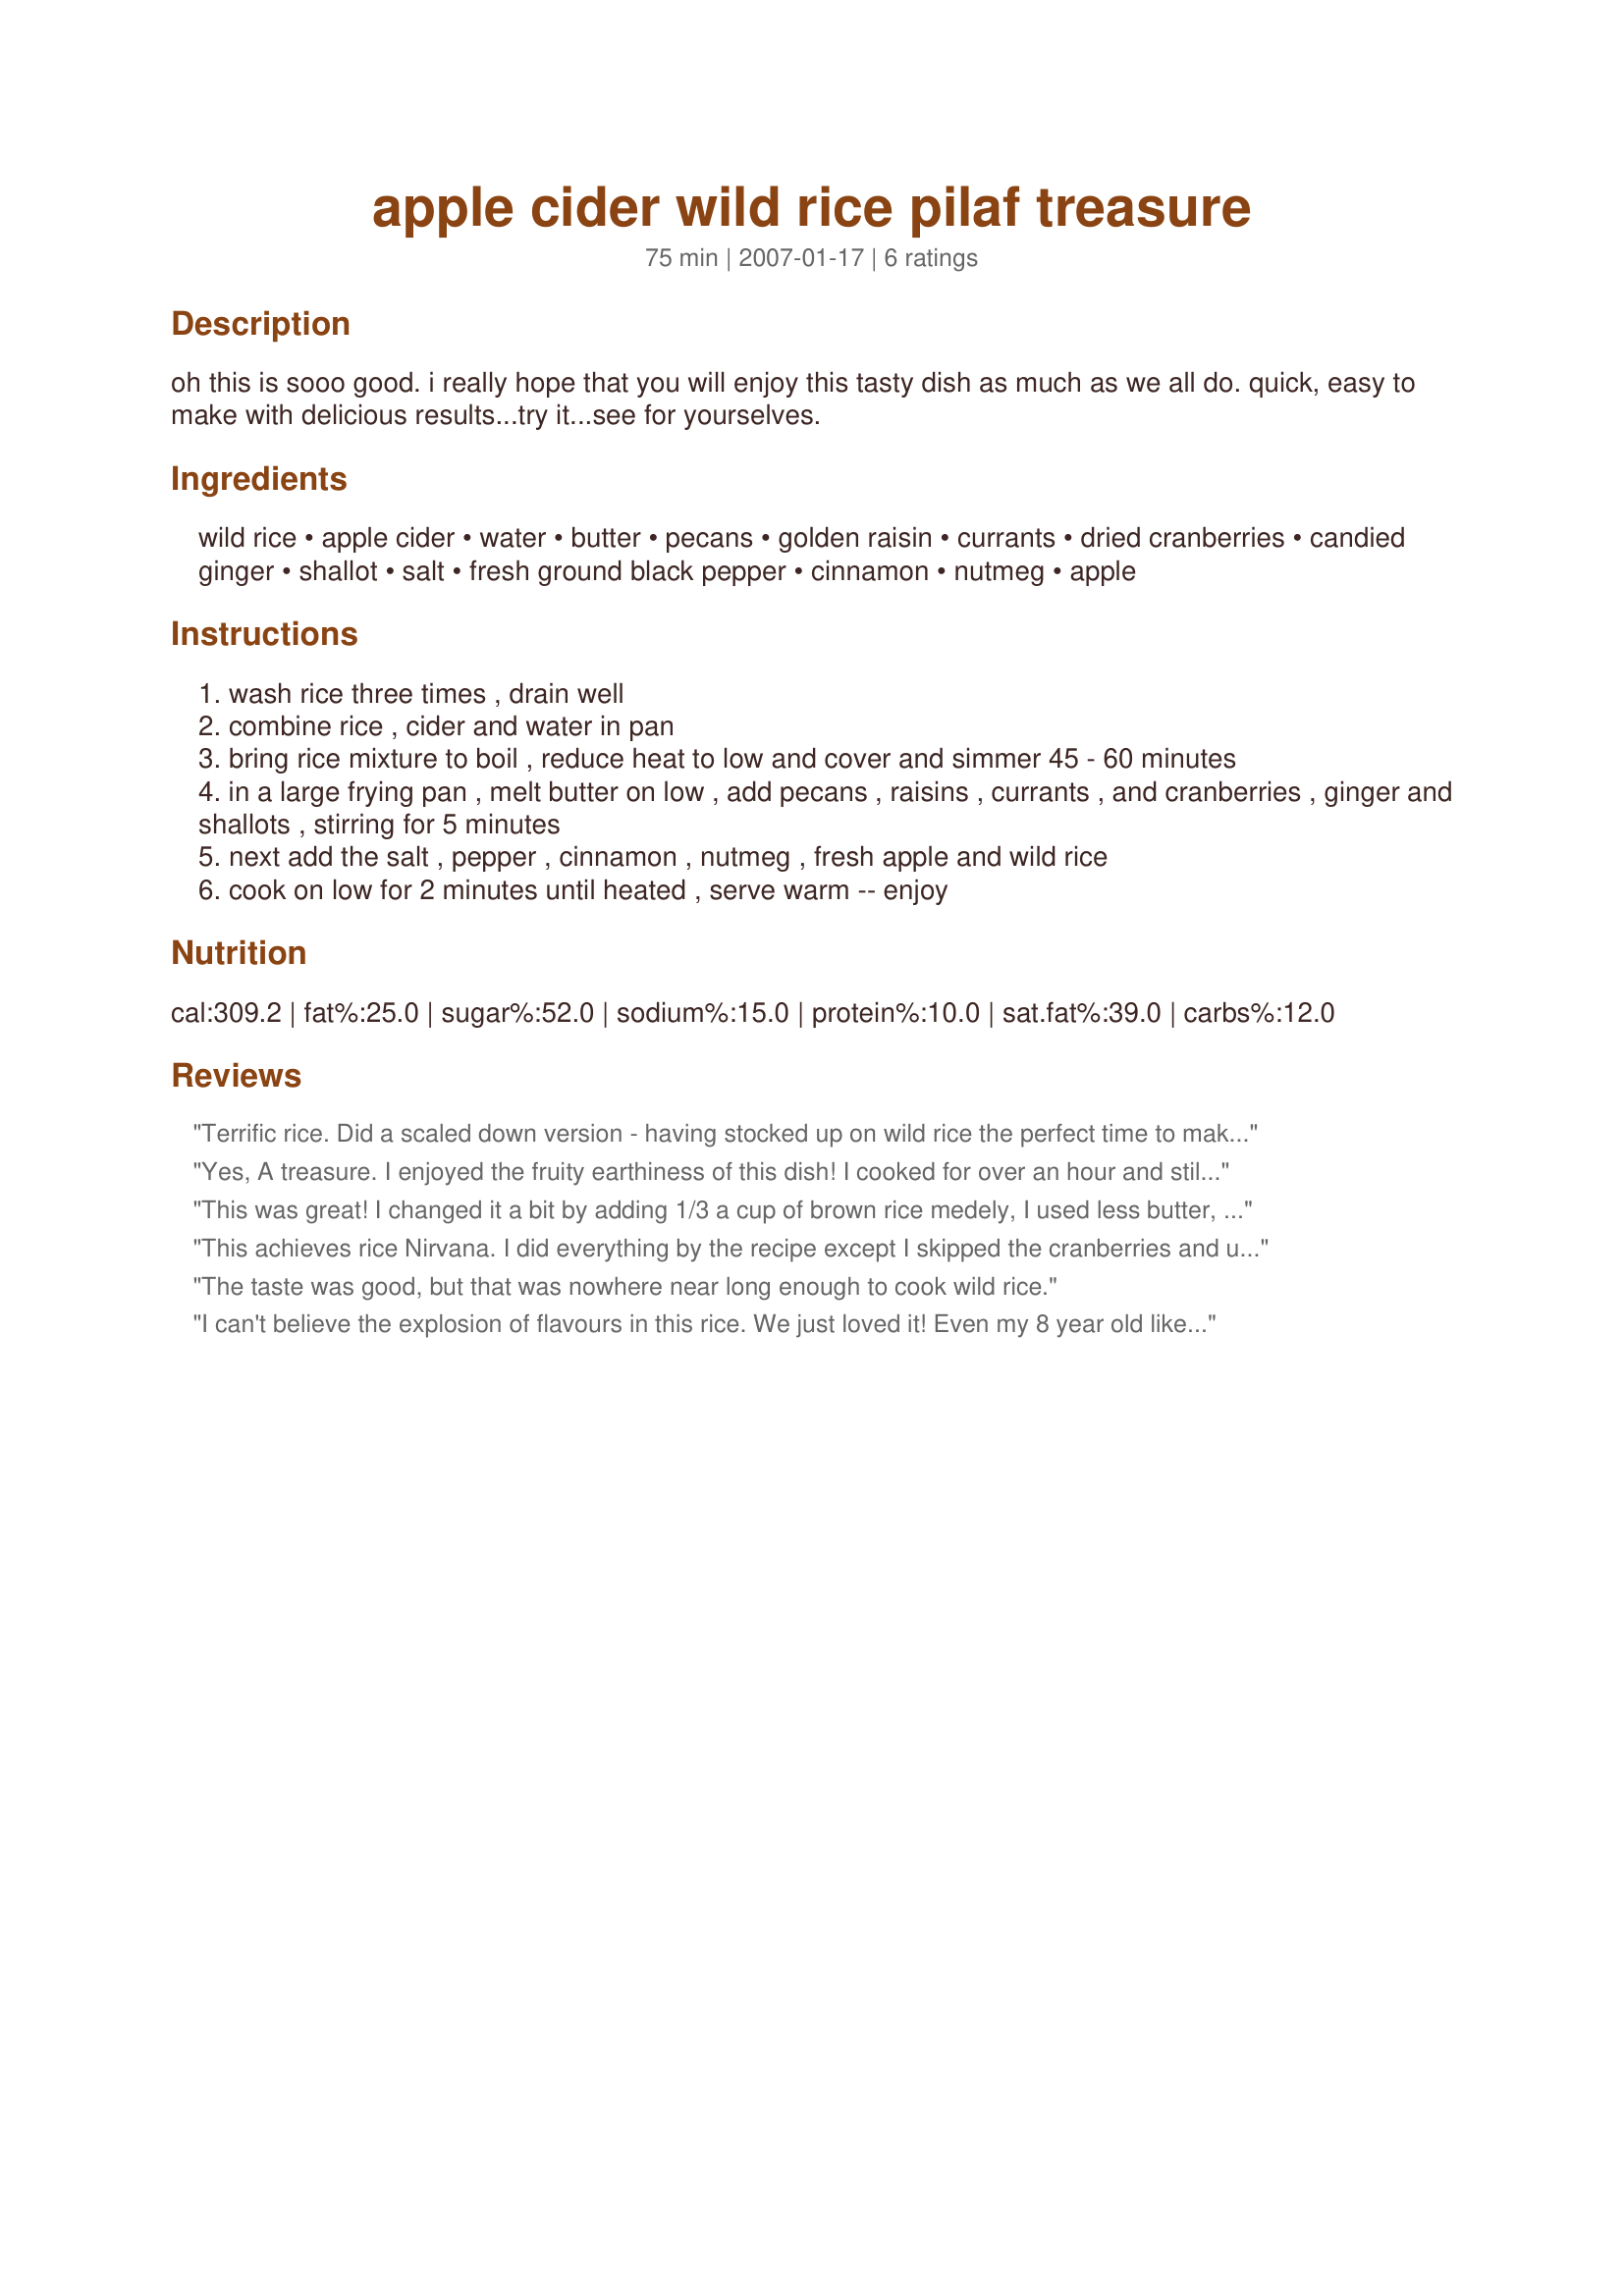
apple cider wild rice pilaf treasure
Preparation time: 75 minutes

oh this is sooo good. i really hope that you will enjoy this tasty dish as much as we all do. quick, easy to make with delicious results...try it...see for yourselves.

Ingredients:
wild rice, apple cider, water, butter, pecans, golden raisin, currants, dried cranberries, candied ginger, shallot, salt, fresh ground black pepper, cinnamon, nutmeg, apple

Steps:
wash rice three times , drain well
combine rice , cider and water in pan
bring rice mixture to boil , reduce heat to low and cover and simmer 45 - 60 minutes
in a large frying pan , melt butter on low , add pecans , raisins , currants , and cranberries , ginger and shallots , stirring for 5 minutes
next add the salt , pepper , cinnamon , nutmeg , fresh apple and wild rice
cook on low for 2 minutes until heated , serve warm -- enjoy

Reviews:
Terrific rice. Did a scaled down version - having stocked up on wild rice the perfect time to make up a variety of pilafs and rice dishes. This one was absolutely wonderful and one I will be making for special occasions. Made as posted with great results. Great to be finding so many variations with such wonderful taste. Definitely a repeatable.
Yes, A treasure. I enjoyed the fruity earthiness of this dish! I cooked for over an hour and still had a chewy texture with the tender apples, and plump dried fruit. I used walnuts, dark raisins. minced the ginger. I first melted 1 tablespoon butter cutting back on the fat and sauteed the walnuts/pecans through the shallots for the 5 minutes added the rest of the ingredients and cooked over low heat for over 1 hour. Using only one pot making it for easier cleanup. Thanks
This was great! I changed it a bit by adding 1/3 a cup of brown rice medely, I used less butter, half of the apple, and 1/8 cup regular raisins instead of golden (didn't have any). This is super yummy and I love the shallots and spices with all the dried fruit. What a yummy winter treat! My only complaint is that there was too much liquid and I had to drain the rice a bit. Oh well!
This achieves rice Nirvana. I did everything by the recipe except I skipped the cranberries and used dried cherries instead. This flavor is fantastic and I ended up making it my whole dinner! Not the full recipe mind you LOL. It's sweet and savory at the same time. I'm going to try this with brown rice next time as the wild rice is so dear. Kato, you have outdone yourself as this really is a treasure. OH! the candied ginger was an inspiration, what ever else you do don't skip that.
The taste was good, but that was nowhere near long enough to cook wild rice.
I can't believe the explosion of flavours in this rice. We just loved it! Even my 8 year old liked it. The cook-time was perfect for us, it turned out just right. Rich in flavour and texture, it was a real treat! Made for ZWT 4 :)
